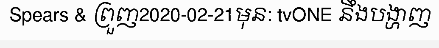
Spears & ព្រួញ2020-02-21មុន: tvONE នឹងបង្ហាញ